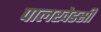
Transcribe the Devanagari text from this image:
पालखेडसी